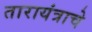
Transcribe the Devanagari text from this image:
तारायंत्राचे